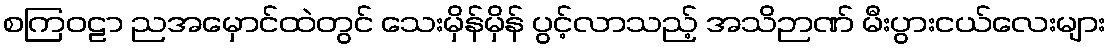
စကြဝဠာ ညအမှောင်ထဲတွင် သေးမှိန်မှိန် ပွင့်လာသည့် အသိဉာဏ် မီးပွားငယ်လေးများ